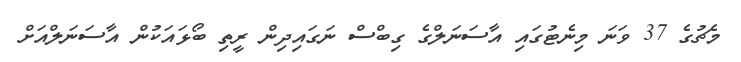
މެޗުގެ 37 ވަނަ މިނެޓުގައި އާސަނަލްގެ ގިބްސް ނަގައިދިން ރީތި ބޯޅައަކުން އާސަނަލްއަށް